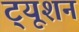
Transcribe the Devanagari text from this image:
ट्‍यूशन